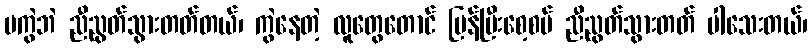
မကွဲဘဲ ညီညွတ်သွားတတ်တယ်၊ ကွဲနေတဲ့ လူတွေတောင် ပြန်ပြီးစေ့စပ် ညီညွတ်သွားတတ် ပါသေးတယ်၊